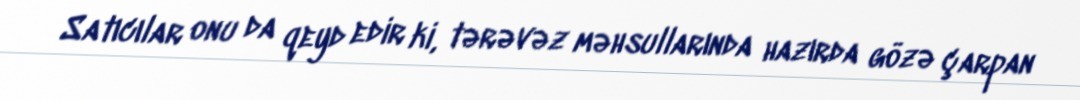
Satıcılar onu da qeyd edir ki, tərəvəz məhsullarında hazırda gözə çarpan